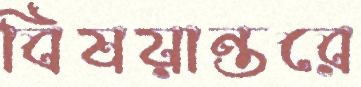
বিষয়ান্তরে